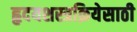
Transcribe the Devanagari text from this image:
हृदयशस्त्रक्रियेसाठी